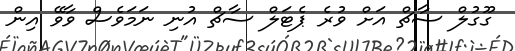
ގޫގުލް ސާޗް އަށް ވުރެ ޕެޓަލް ސާޗް އުނި ނަމަވެސް ވާވޭ އިން